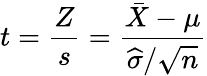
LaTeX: t={\frac{Z}{s}}={\frac{{\bar{X}}-\mu}{{\widehat{\sigma}}/{\sqrt{n}}}}